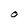
Character: O